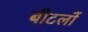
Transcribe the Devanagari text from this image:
बीटलों